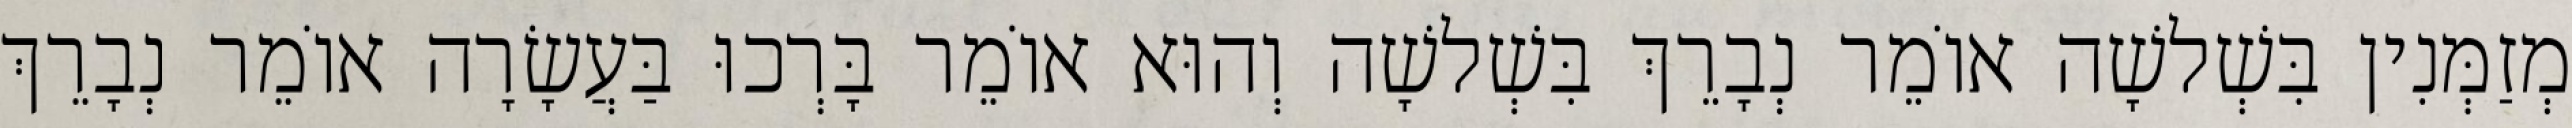
מְזַמְּנִין בִּשְׁלשָׁה אוֹמֵר נְבָרֵךְ בִּשְׁלשָׁה וְהוּא אוֹמֵר בָּרְכוּ בַּעֲשָׂרָה אוֹמֵר נְבָרֵךְ